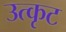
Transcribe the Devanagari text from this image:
उत्कृट